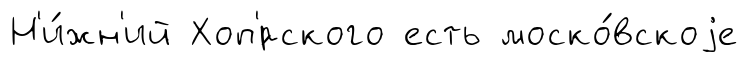
Н'и́жн'ий Хоп'́рского есть моско́вскоjе